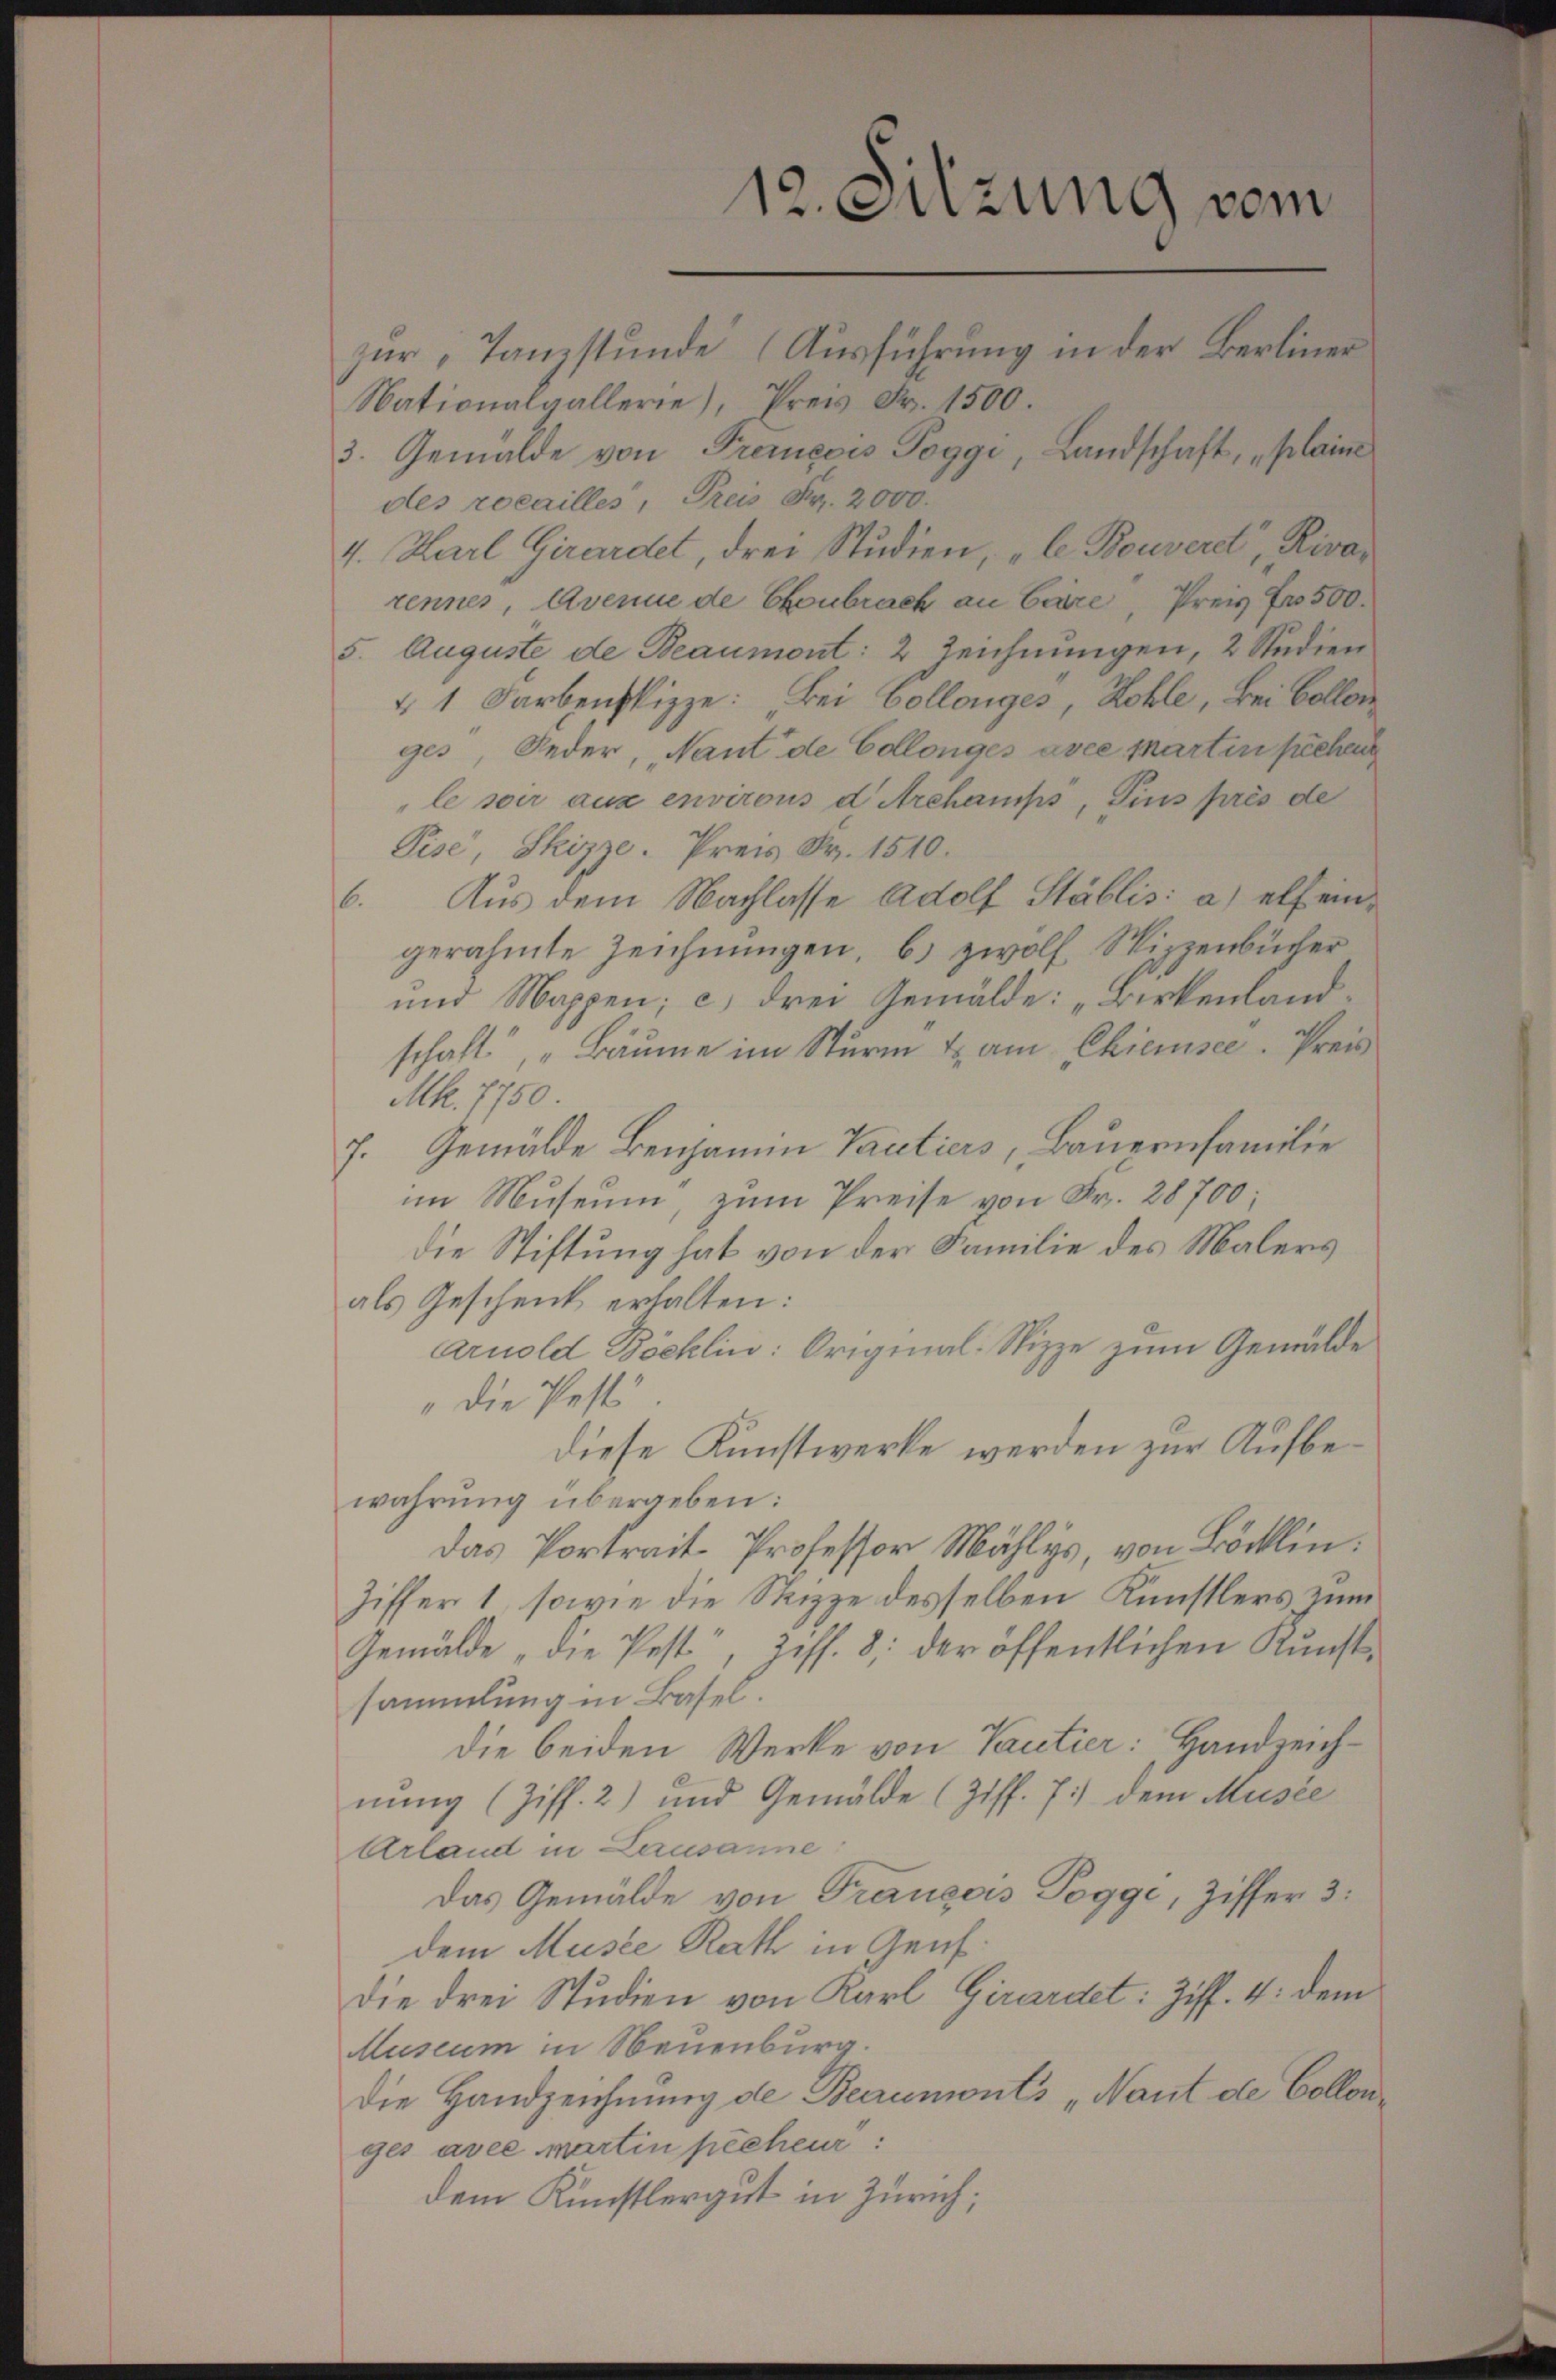
3. Gemälde von Promecis Poggi, Landschaft, „plaine
des rocailles, Preis Fr. 2000.
4. Karl Girardel, drei Studien, „le Bouveret, Rivar
rennes, Avenue de Cronbrach an Carre, Preis Fr. 500.
5. Auguste de Beaumont: 2 Zeichnungen, 2 Studien
4 1 Farbenskizze: „Bei Collonges, Kohle, Bei Collon
ges, Feder Nant de Collonges asce partin fichen
le soir aus environs d Arehamps, Pius prés de
Pise, Skizze. Preis Fr. 1510.
6. Aus dem Nachlasse Adolf Stablis: a) elf eingerahmte Zeichnungen, b) zwölf Wizzenbücher
und Mappen; c) drei Gemälde: „Birkenlandschaft „Bäume im Sturm & am Chieusee. Preis
M. 7750.
7. Gemälde Benjamin Tantiers Bauernfamilie
im Museum, zum Preise von Fr. 28700;
die Stiftung hat von der Familie des Malers
als Geschenk erhalten:
Arnold Böcklin: Original-Nizze zum Gemälde
" die Pest
diese Kunstwerke werden zur Aufbewahrŭng übergeben:
das Portrait-Professor Mühles, von Böcklin.
Ziffer 1, sowie die Steizze desselben Künstlers zum
Gemälde „die Pest", Zess. 8 der öffentlichen Kunst-
sammlung in Basel.
die beiden Werke von Tantier: Handzeichnung (Ziff. 2) und Gemälde (Ziff. 7) dem Musée
Arland in Lausanne
Das Gemälde von François Pogge, Ziffer 3.
dem Muste Rath in Genf.
die drei Studien von Karl Girardet: Ziff. 4: dem
Museum in Neuenburg.
Die Handzeichnung de Beaumonts „Naut de Collenges avec martin pécheur:
dem Künstlergut in Zürich;

12. Sitzung vom
zur Tanzstunde (Ausführung in der Berliner
Nationalgallerie, Preis Fr. 1500.